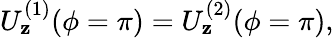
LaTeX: U_{\mathbf{z}}^{(1)}(\phi=\pi)=U_{\mathbf{z}}^{(2)}(\phi=\pi),